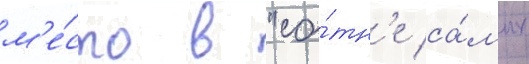
м'е́сто в "со́тн'е са́мых